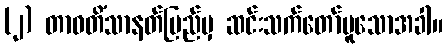
(၂) တာဝတိံသာနတ်ပြည်မှ ဆင်းသက်တော်မူသောအခါ။